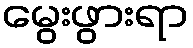
မွေးဖွားရာ